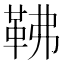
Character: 𩉽